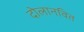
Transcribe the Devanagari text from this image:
दोलानवित